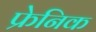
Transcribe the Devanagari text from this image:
फ्रेनिक